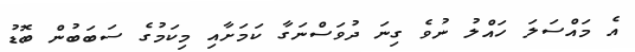
އެ މައްސަލަ ހައްލު ނުވެ ގިނަ ދުވަސްނަގާ ކަމަށާއި މިކަމުގެ ސަބަބުން ބޮޑު